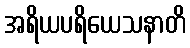
အရိယပရိယေသနာတိ